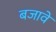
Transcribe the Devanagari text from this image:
बजावे